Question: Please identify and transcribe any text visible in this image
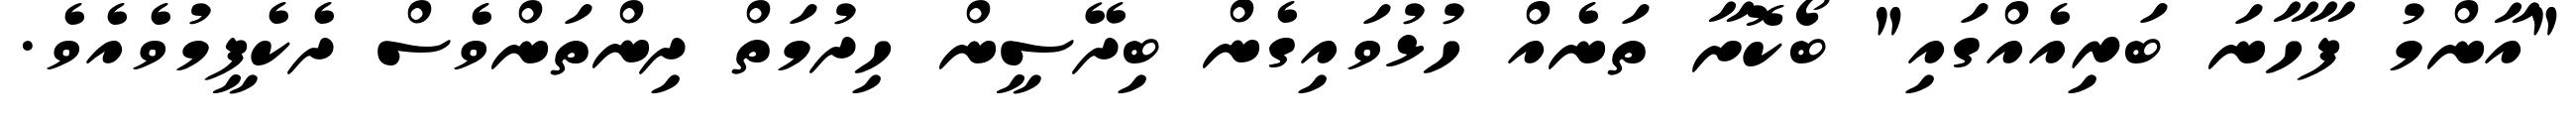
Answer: "އާންމު ފާހާނަ ބަރިއެއްގައި" ބޯކޮށާ ތަނެއް ހުޅުވައިގެން ބިދޭސީން ހިދުމަތް ދިންތަންވެސް ދެކެފީމުވެއެވެ.